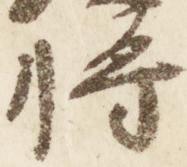
将